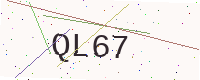
Text: QL67